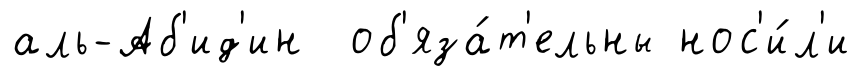
аль-Аб'ид'ин об'яза́т'ельны нос'и́л'и